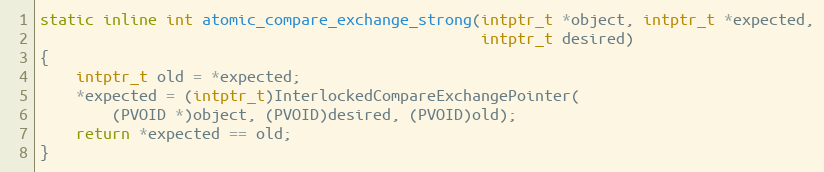
Language: C
static inline int atomic_compare_exchange_strong(intptr_t *object, intptr_t *expected,
                                                 intptr_t desired)
{
    intptr_t old = *expected;
    *expected = (intptr_t)InterlockedCompareExchangePointer(
        (PVOID *)object, (PVOID)desired, (PVOID)old);
    return *expected == old;
}